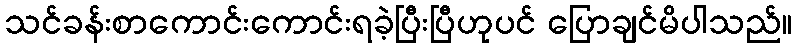
သင်ခန်းစာကောင်းကောင်းရခဲ့ပြီးပြီဟုပင် ပြောချင်မိပါသည်။